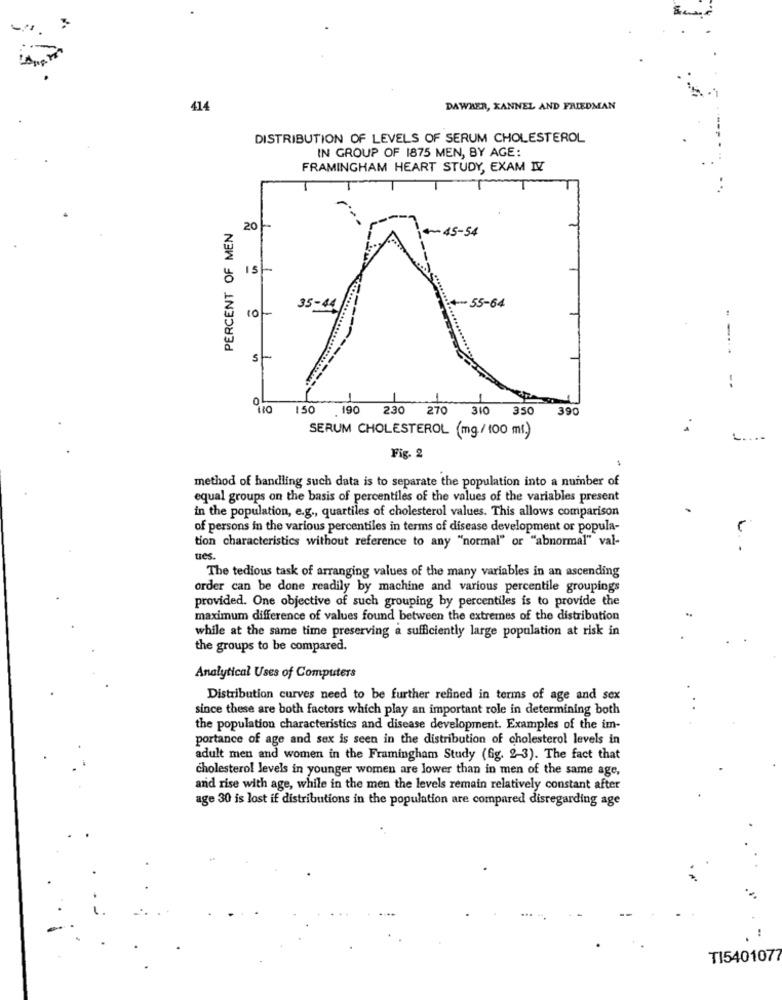
414
DAWHER, KANNEL AND FRIEDMAN
DISTRIBUTION OF LEVELS OF SERUM CHOLESTEROL
IN GROUP OF 1875 MEN, BY AGE:
FRAMINGHAM HEART STUDY, EXAM IV
PERCENT OF MEN
20
-54
15
35-4
+55-64
S/-
- ---
--
1
05
230 270 310 3
350
390
150 . 190
SERUM CHOLESTEROL (mg/100 ml)
-....
Fig. 2
method of handling such data is to separate the population into a number of
equal groups on the basis of percentiles of the values of the variables present
in the population, e.g ., quartiles of cholesterol values. This allows comparison
of persons in the various percentiles in terms of disease development or popula-
tion characteristics without reference to any "normal" or "abnormal" val-
ues.
The tedious task of arranging values of the many variables in an ascending
order can be done readily by machine and various percentile groupings
provided. One objective of such grouping by percentiles is to provide the
maximum difference of values found between the extremes of the distribution
while at the same time preserving a sufficiently large population at risk in
the groups to be compared.
Analytical Uses of Computers
Distribution curves need to be further refined in terms of age and sex
since these are both factors which play an important role in determining both
the population characteristics and disease development. Examples of the im-
portance of age and sex is seen in the distribution of cholesterol levels in
adult men and women in the Framingham Study (6g. 2-3). The fact that
cholesterol levels in younger women are lower than in men of the same age,
and rise with age, while in the men the levels remain relatively constant after
age 30 is lost if distributions in the population are compared disregarding age
..
TI5401077